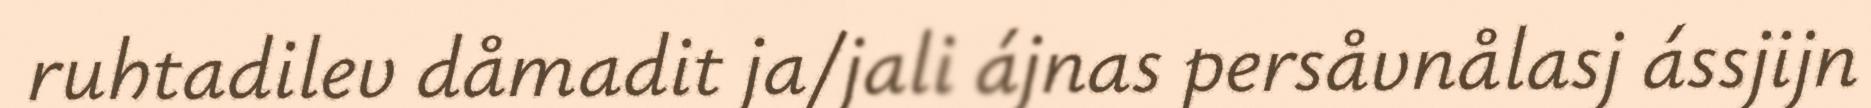
ruhtadilev dåmadit ja/jali ájnas persåvnålasj ássjijn